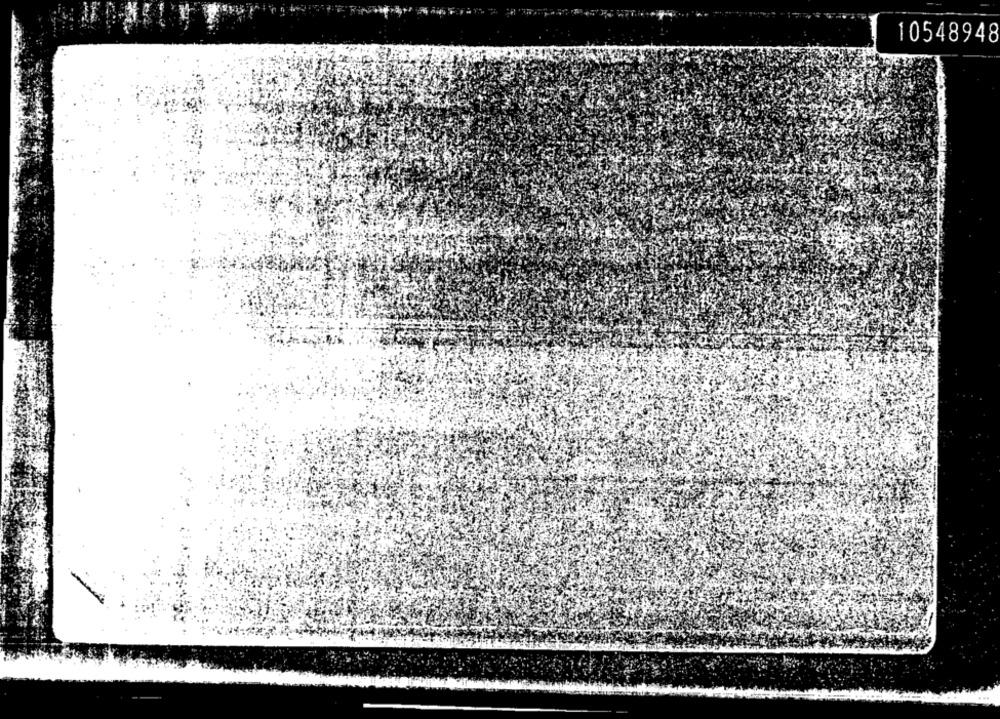
10548948